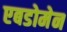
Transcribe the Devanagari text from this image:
एबडोमेन